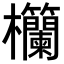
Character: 𪴧